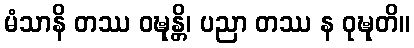
မံသာနိ တဿ ဝဍ္ဎုန္တိ၊ ပညာ တဿ န ဝုဍ္ဎုတိ။